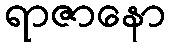
ရာဇာနော